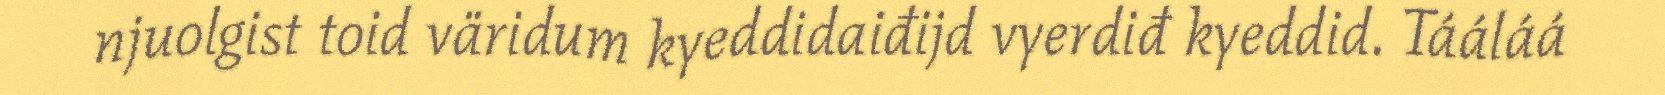
njuolgist toid väridum kyeddidaiđijd vyerdiđ kyeddid. Tááláá